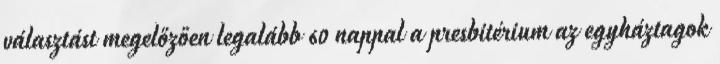
választást megelőzően legalább 60 nappal a presbitérium az egyháztagok